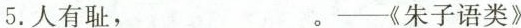
5.人有耻，___。——《朱子语类》